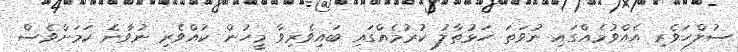
ސުލްހަވެރި އެއްވުމެއްގައި ނުވަތަ ހަޅުތާލު ކުރުމެއްގައި ބައިވެރިވާ މީހުން ކުއްވެރި ނުވާނެ ކަމަށްވެސް